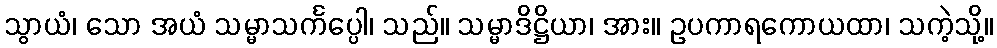
သွာယံ၊ သော အယံ သမ္မာသင်္ကပ္ပေါ၊ သည်။ သမ္မာဒိဋ္ဌိယာ၊ အား။ ဥပကာရကောယထာ၊ သကဲ့သို့။